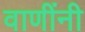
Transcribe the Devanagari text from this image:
वाणींनी